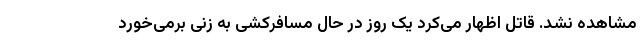
مشاهده نشد. قاتل اظهار می‌کرد یک روز در حال مسافرکشی به زنی برمی‌خورد